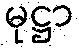
မုဋ္ဌာ